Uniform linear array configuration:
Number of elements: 8
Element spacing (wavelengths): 0.75
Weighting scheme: cosine
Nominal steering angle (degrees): -30
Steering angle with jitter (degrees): -29.655
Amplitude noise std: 0.05
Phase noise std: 0.05

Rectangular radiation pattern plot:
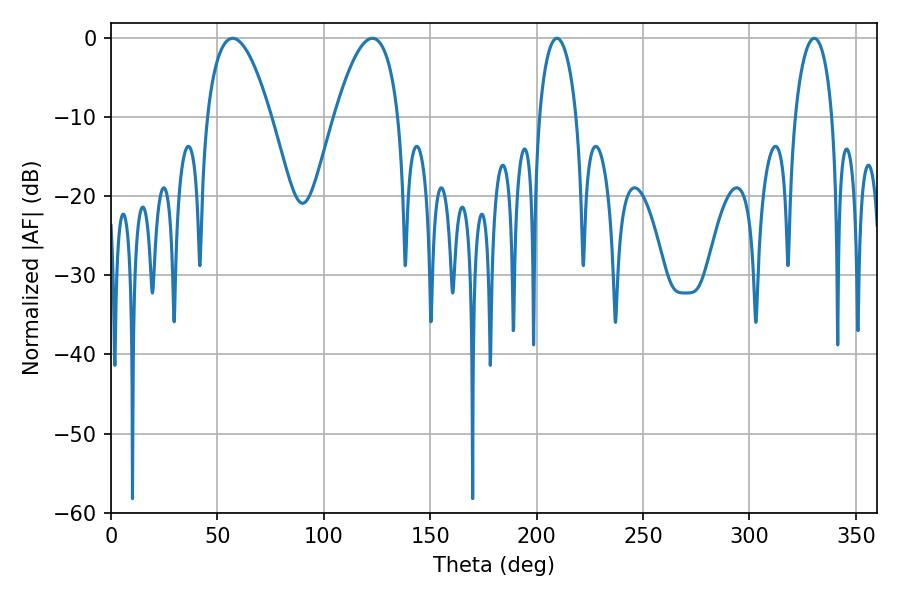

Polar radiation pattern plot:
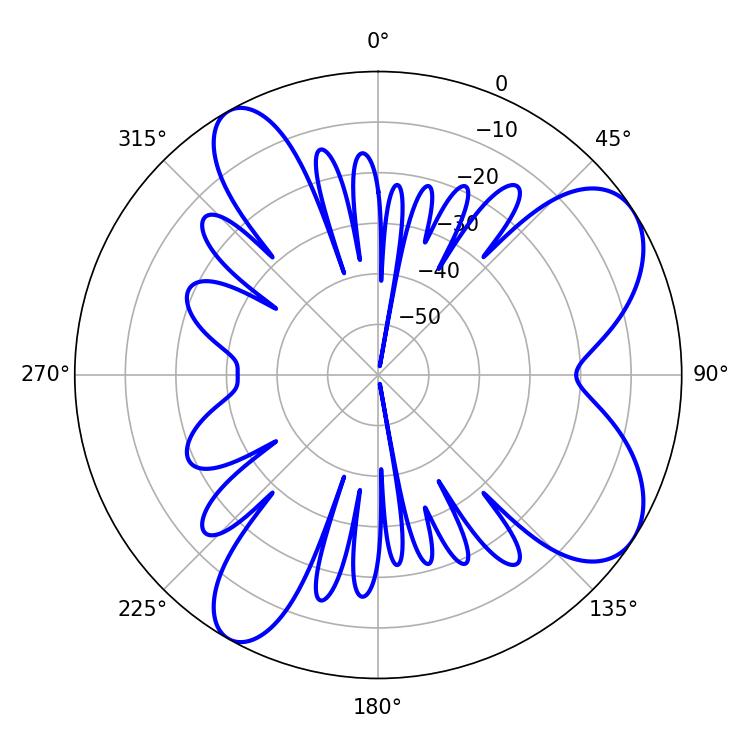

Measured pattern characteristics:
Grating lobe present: TRUE
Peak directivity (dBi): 7.682
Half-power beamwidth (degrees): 10.08
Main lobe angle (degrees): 209.52